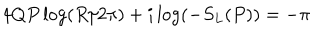
4 Q P \log \left( R / 2 \pi \right) + i \log ( - S _ { L } ( P ) ) = - \pi